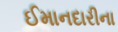
ઈમાનદારીના